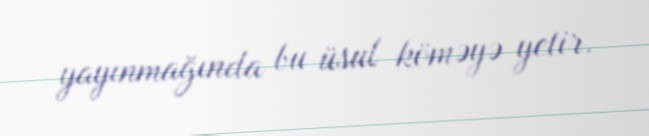
yayınmağında bu üsul köməyə yetir.